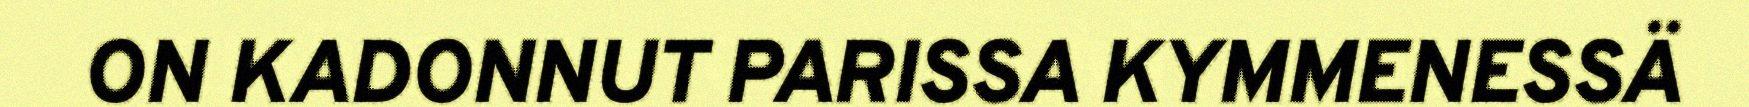
ON KADONNUT PARISSA KYMMENESSÄ